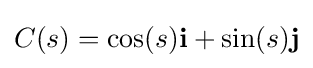
C(s)=\cos(s)\mathbf {i} +\sin(s)\mathbf {j}